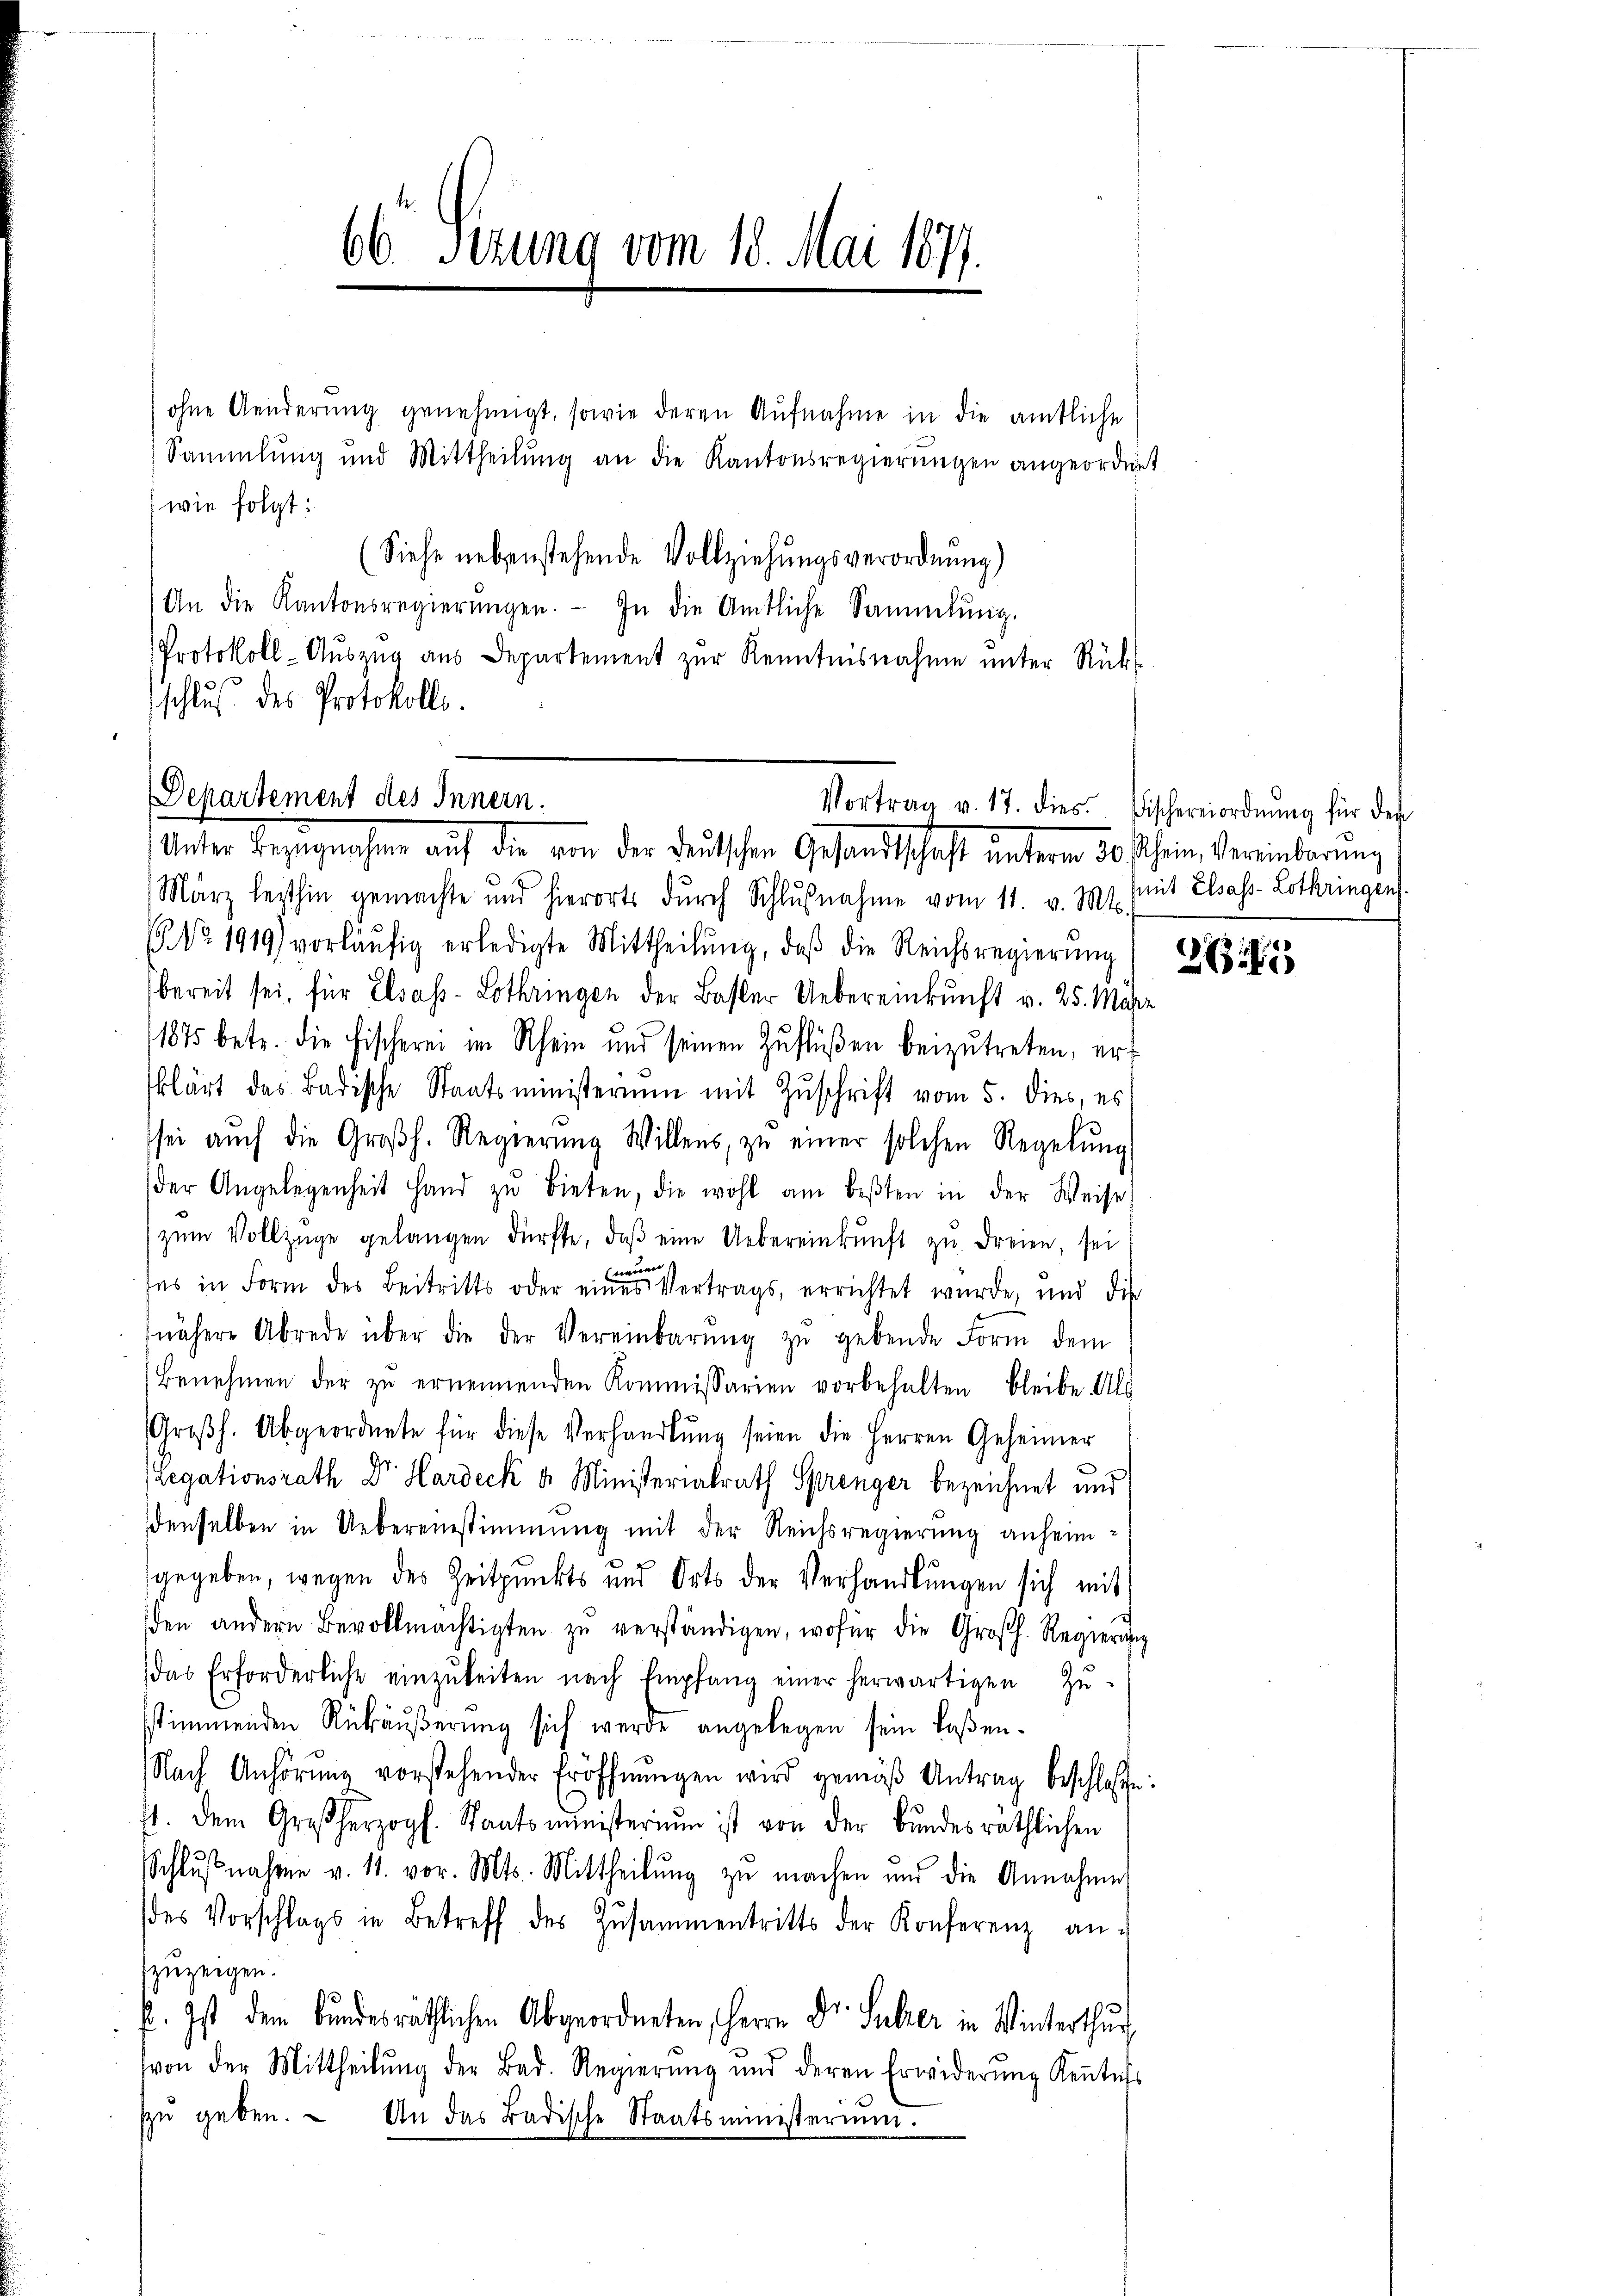
66 Sizung vom 18. Mai 1877.

ohne Aenderung genehmigt, sowie deren Aufnahme in die amtliche
Sammlung und Mittheilung an die Kantonsregierŭngen angeordnet.
wie folgt:
(Siehe nebenstehende Vollziehungsverordnung)
An die Kantonsregierŭngen. In die Amtliche Sammlung.
Protokoll-Aŭszŭg aŭs Departement zŭr Kenntnisnahme unter Rücks
schlus des Protokolls.

Departement des Innern.
Unter bezeugenschen auf die von der Deutschen Gesandtschaft unterm 20. schien Vereinderen

März leithin gemachte und hierorts dŭrch Schlŭβnahme vom 11. v. Mt. (mit Elsass-Lothringen.
 No. 1919) vorläŭfig erledigte Mittheilŭng, daβ die Reichsregierŭng
bereit sei, für Elsass-Lothringen der Basler Uebereinkunft v. 25. Maje
1875 betr. die Fischerei im Rhein und seinen Zŭflüßen beizŭtreten, er
klärt des Badische Staatsministerium mit Zuschrift vom 5. dies, es
sei aŭch die Großh. Regierŭng Willens, zŭ einer solchen Regelŭng
der Angelegenheit Hand zŭ bieten, die wohl am besten in der Weise
zŭm Vollzüge gelangen dürfte, daβ eine Uebereinkunft zŭ dreien, sei
fes in Form des Beitritts oder eines Vertrags, errichtet wurde, und die
nähere Abrede über die der Vereinbarŭng zŭ gebende Form dem
Benehmen der zŭ ernennenden Kommissarien vorbehalten bleibe Al
Großh. Abgeordnete für diese Verhandlung seien die Herren Geheimer
(Legationsrath Dr. Hardeck a. Ministerialrath Sprenger bezeichnet und
denselben in Uebereinstimmung mit der Reichsregierung anheimgegeben, wegen des Zeitpunkts und Orts der Verhandlŭngen sich mit
den andern Bevollmächtigten zŭ verständigen, wofür die Großh. Regierung
das Erforderliche einzŭkeiten nach Empfang einer herwärtigen Zŭ-
sstimmenden Rückäußerung sich werde angelegen sein laßen.
Nach Anhörŭng vorstehender Eröffnŭngen wird gemäβ Antrag beschlossen:
7t. dem Großherzogl. Staatsministerium ist von der Bŭndesräthlichen
Schlŭβnahme v. 11. vor. Mts. Mittheilŭng zu machen und die Annahme
des Vorschlags in Betreff des Zusammentritts der Konferenz an:
zuzeigen.
. Ist dem bundesräthlichen Abgeordneten, Herrn Dr. Sulzer in Winterthur,
von der Mittheilŭng der Bad. Regierŭng ŭnd deren Erwiderŭng Keṅtnis
zŭ geben. An das Badische Staatsministerium.

Vortrag v. 17. dies Fischereiordnŭng für den

25